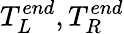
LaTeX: T_{L}^{end},T_{R}^{end}